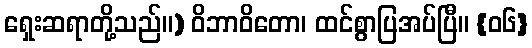
ရှေးဆရာတို့သည်။) ဝိဘာဝိတော၊ ထင်စွာပြအပ်ပြီ။ {၀၆}